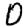
Digit: 0